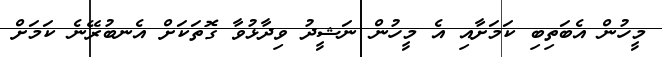
މީހުން އެބަތިބި ކަމަށާއި އެ މީހުން ނަޝީދު ވިދާޅުވާ ގޮތަކަށް އެނބުރޭނެ ކަމަށް